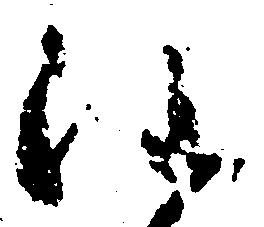
注